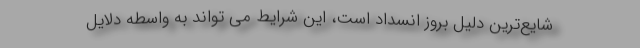
شایع‌ترین دلیل بروز انسداد است، این شرایط می تواند به واسطه دلایل